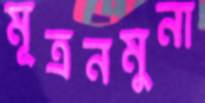
মূত্রনমুনা